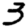
Digit: 3